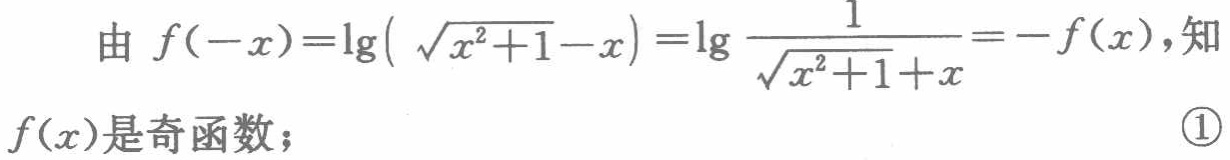
由 \(f(-x)=\lg(\sqrt{x^{2}+1}-x)=\lg\frac{1}{\sqrt{x^{2}+1}+x}=-f(x)\)，知

\(f(x)\)是奇函数； \textcircled{1}